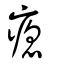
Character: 瘜